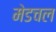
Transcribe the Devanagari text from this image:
मेडचल